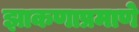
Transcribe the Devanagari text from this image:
झाकणाप्रमाणे